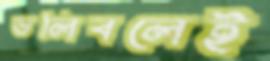
ভলিবলেই